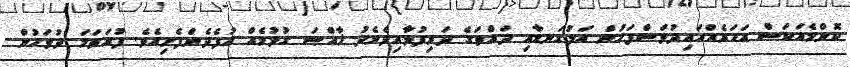
ކޮންމެއަކަސް އަހަރެއްހައިދުވަސްފަހުން އަޅުގަނޑާއި ދައްތަގެ ދަރިފުޅާއިދެމެދު ޚާއްޞަ ގުޅުމެއް އުފެދެންފެށިއެވެ. ފުރަތަމަ ދުވަހުން